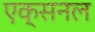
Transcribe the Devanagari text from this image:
एक्सनल